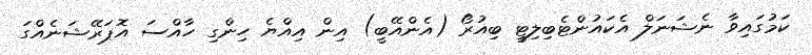
ކަމުގައިވާ ނެޝަނަލް އެކައުންޓެބިލިޓީ ބިއުރޯ (އެންއޭބީ) އިން އިއްޔެ ހިންގި ހާއްސަ އޮޕަރޭޝަނެއްގަ